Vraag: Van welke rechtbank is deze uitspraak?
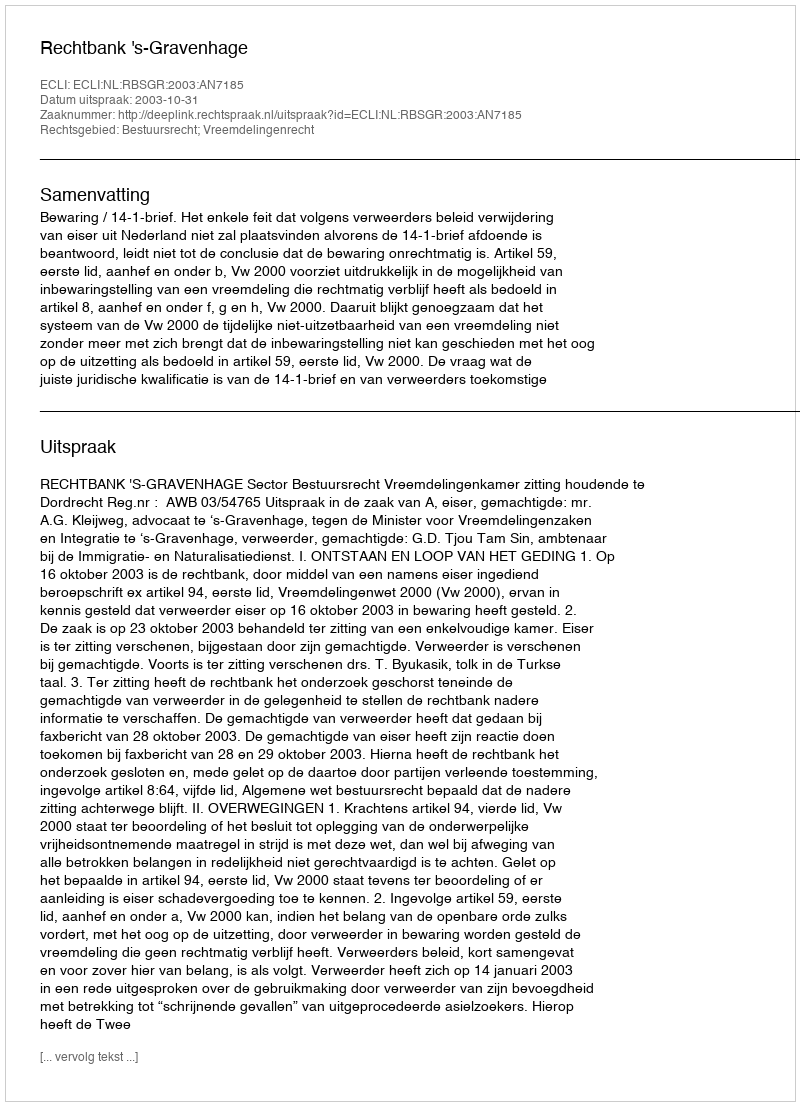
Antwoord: Rechtbank 's-Gravenhage